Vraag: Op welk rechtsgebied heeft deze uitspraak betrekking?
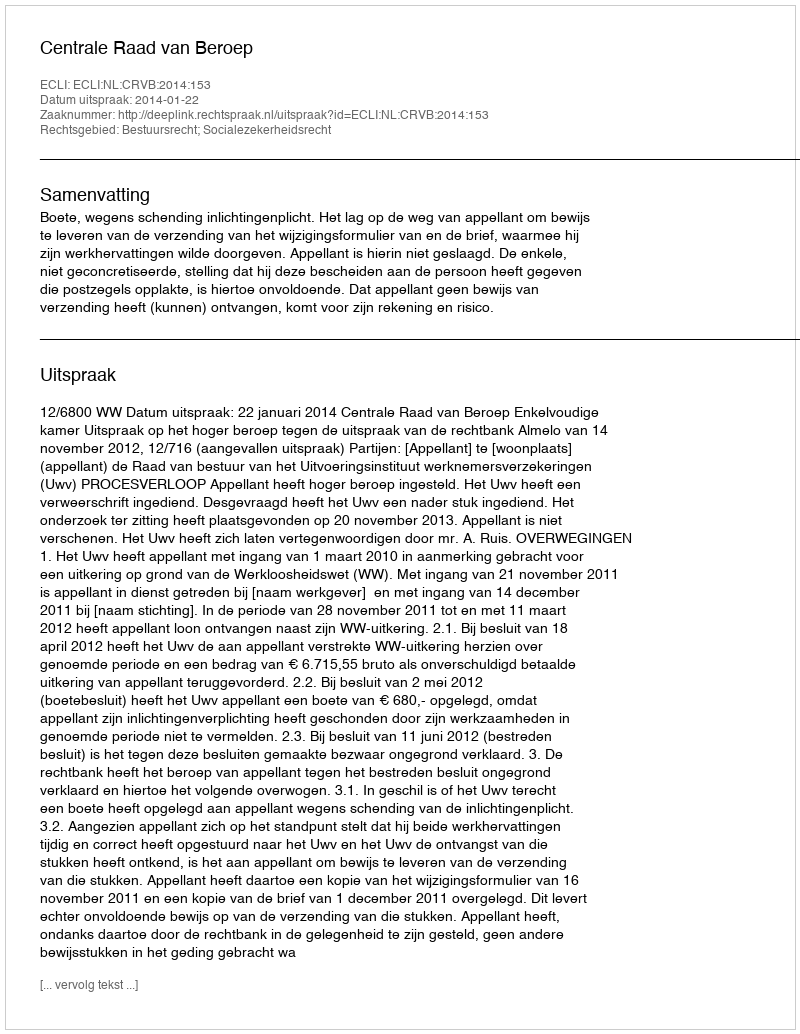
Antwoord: Bestuursrecht; Socialezekerheidsrecht